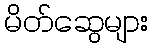
မိတ်ဆွေများ